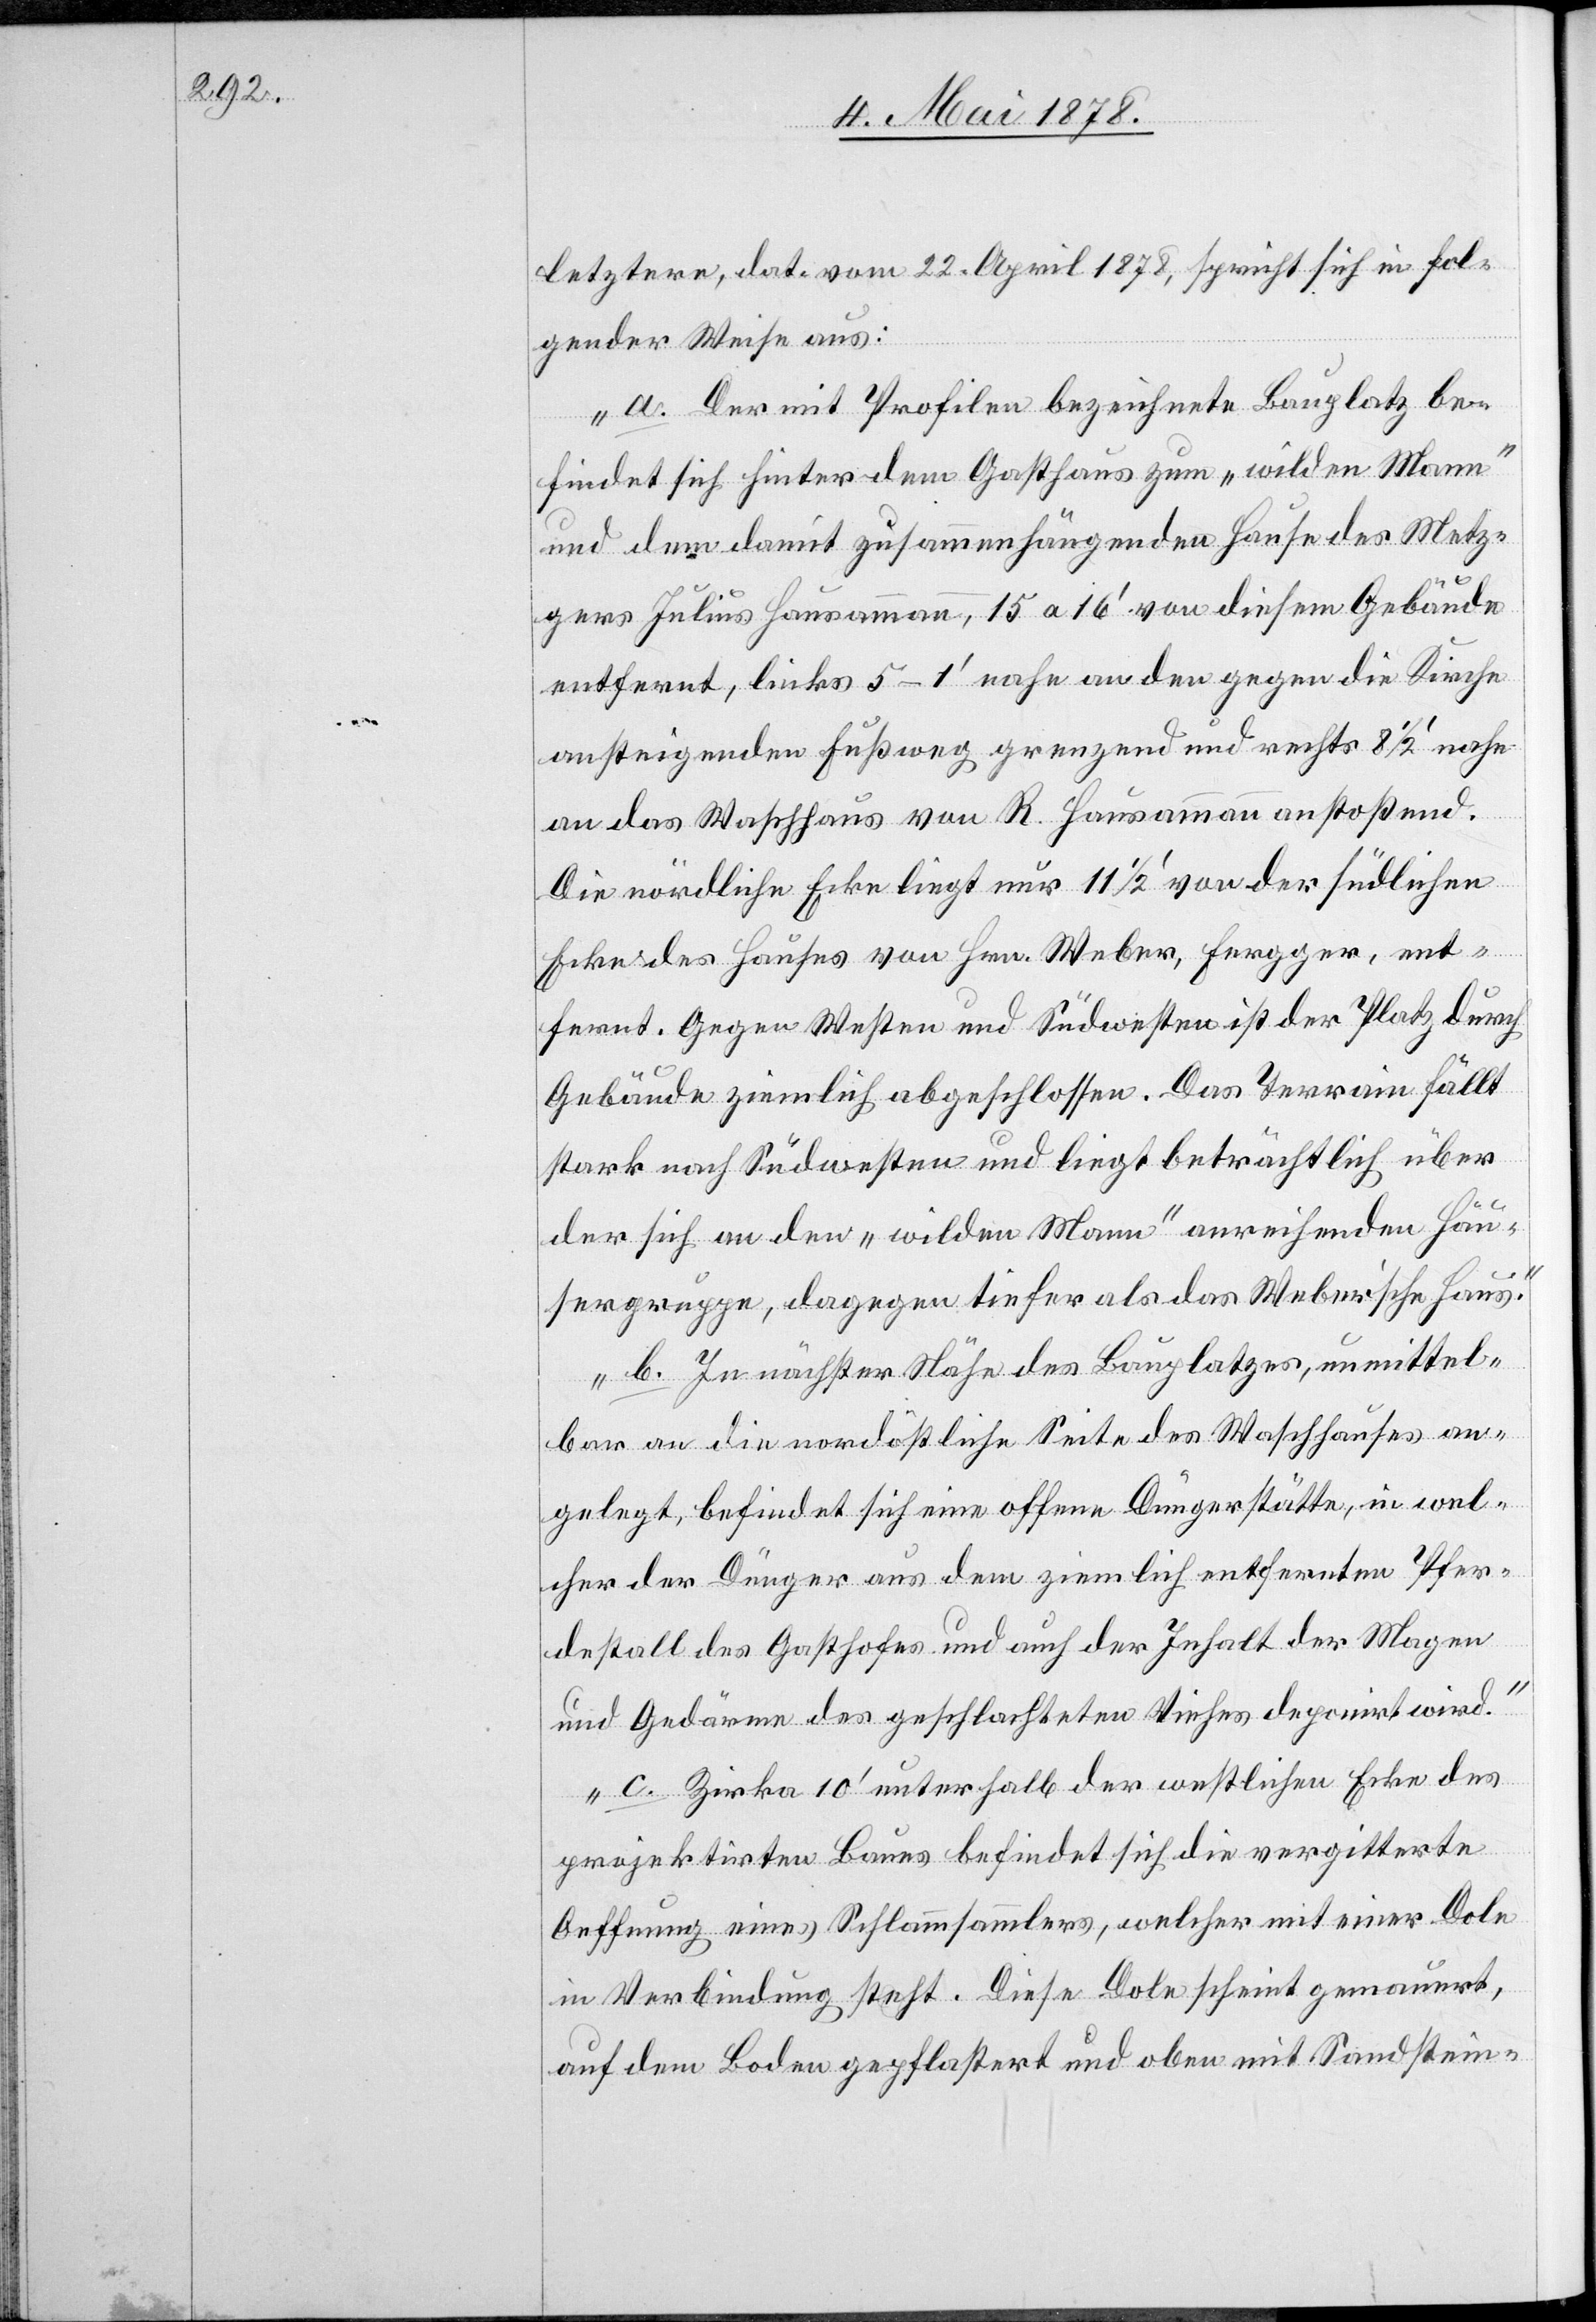
letztere, dat. vom 22. April 1878, spricht sich in fol¬
gender Weise aus:
„a. Der mit Profilen bezeichnete Bauplatz be¬
findet sich hinter dem Gasthaus zum „wilden Mann“
und dem damit zusammenhängenden Hause des Metz¬
gers Julius Hausammann, 15 a 16’ von diesem Gebäude
entfernt, links 5–1’ nahe an den gegen die Kirche
ansteigenden Fußweg grenzend und rechts 8 1/2’ nahe
an das Waschhaus von R. Hausammann anstoßend.
Die nördliche Ecke liegt nur 11 1/2’ von der südlichen
Ecke des Hauses von Hrn. Weber, Fergger, ent¬
fernt. Gegen Westen und Südwesten ist der Platz durch
Gebäude ziemlich abgeschlossen. Das Terrain fällt
stark nach Südwesten und liegt beträchtlich über
der sich an den „wilden Mann“ anreihenden Häu¬
sergruppe, dagegen tiefer als das Weber’sche Haus.“
„b. In nächster Nähe des Bauplatzes, unmittel¬
bar an die nordöstliche Seite des Waschhauses an¬
gelegt, befindet sich eine offene Düngerstätte, in wel¬
cher der Dünger aus dem ziemlich entfernten Pfer¬
destall des Gasthofes und auch der Inhalt der Magen
und Gedärme des geschlachteten Viehes deponirt wird.“
„c. Zirka 10’ unterhalb der westlichen Ecke des
projektirten Baues befindet sich die vergitterte
Oeffnung eines Schlammsammlers, welcher mit einer Dole
in Verbindung steht. Diese Dole scheint gemauert,
auf dem Boden gepflastert und oben mit Sandstein-